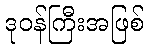
ဒုဝန်ကြီးအဖြစ်